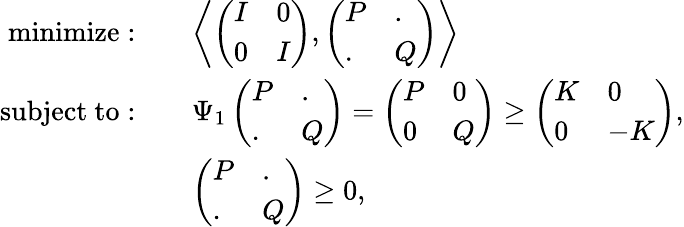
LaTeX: \begin{array}{rl}{\mathrm{minimize}:\quad}&{\left\langle\left(\begin{array}{ll}{I}&{0}\\ {0}&{I}\end{array}\right),\left(\begin{array}{ll}{P}&{.}\\ {.}&{Q}\end{array}\right)\right\rangle}\\ {\mathrm{subject~to}:\quad}&{\Psi_{1}\left(\begin{array}{ll}{P}&{.}\\ {.}&{Q}\end{array}\right)=\left(\begin{array}{ll}{P}&{0}\\ {0}&{Q}\end{array}\right)\geq\left(\begin{array}{ll}{K}&{0}\\ {0}&{-K}\end{array}\right),}\\ &{\left(\begin{array}{ll}{P}&{.}\\ {.}&{Q}\end{array}\right)\geq 0,}\end{array}